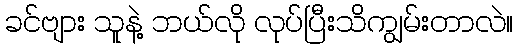
ခင်ဗျား သူနဲ့ ဘယ်လို လုပ်ပြီးသိကျွမ်းတာလဲ။